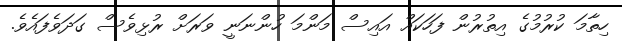
ހިތާމަ ކުރުމުގެ އިތުރުން ފަހަކައް އައިސް މަންމަ ހުންނަނީ ވަރަށް ރުޅިވެސް ގަދަވެފައެވެ.